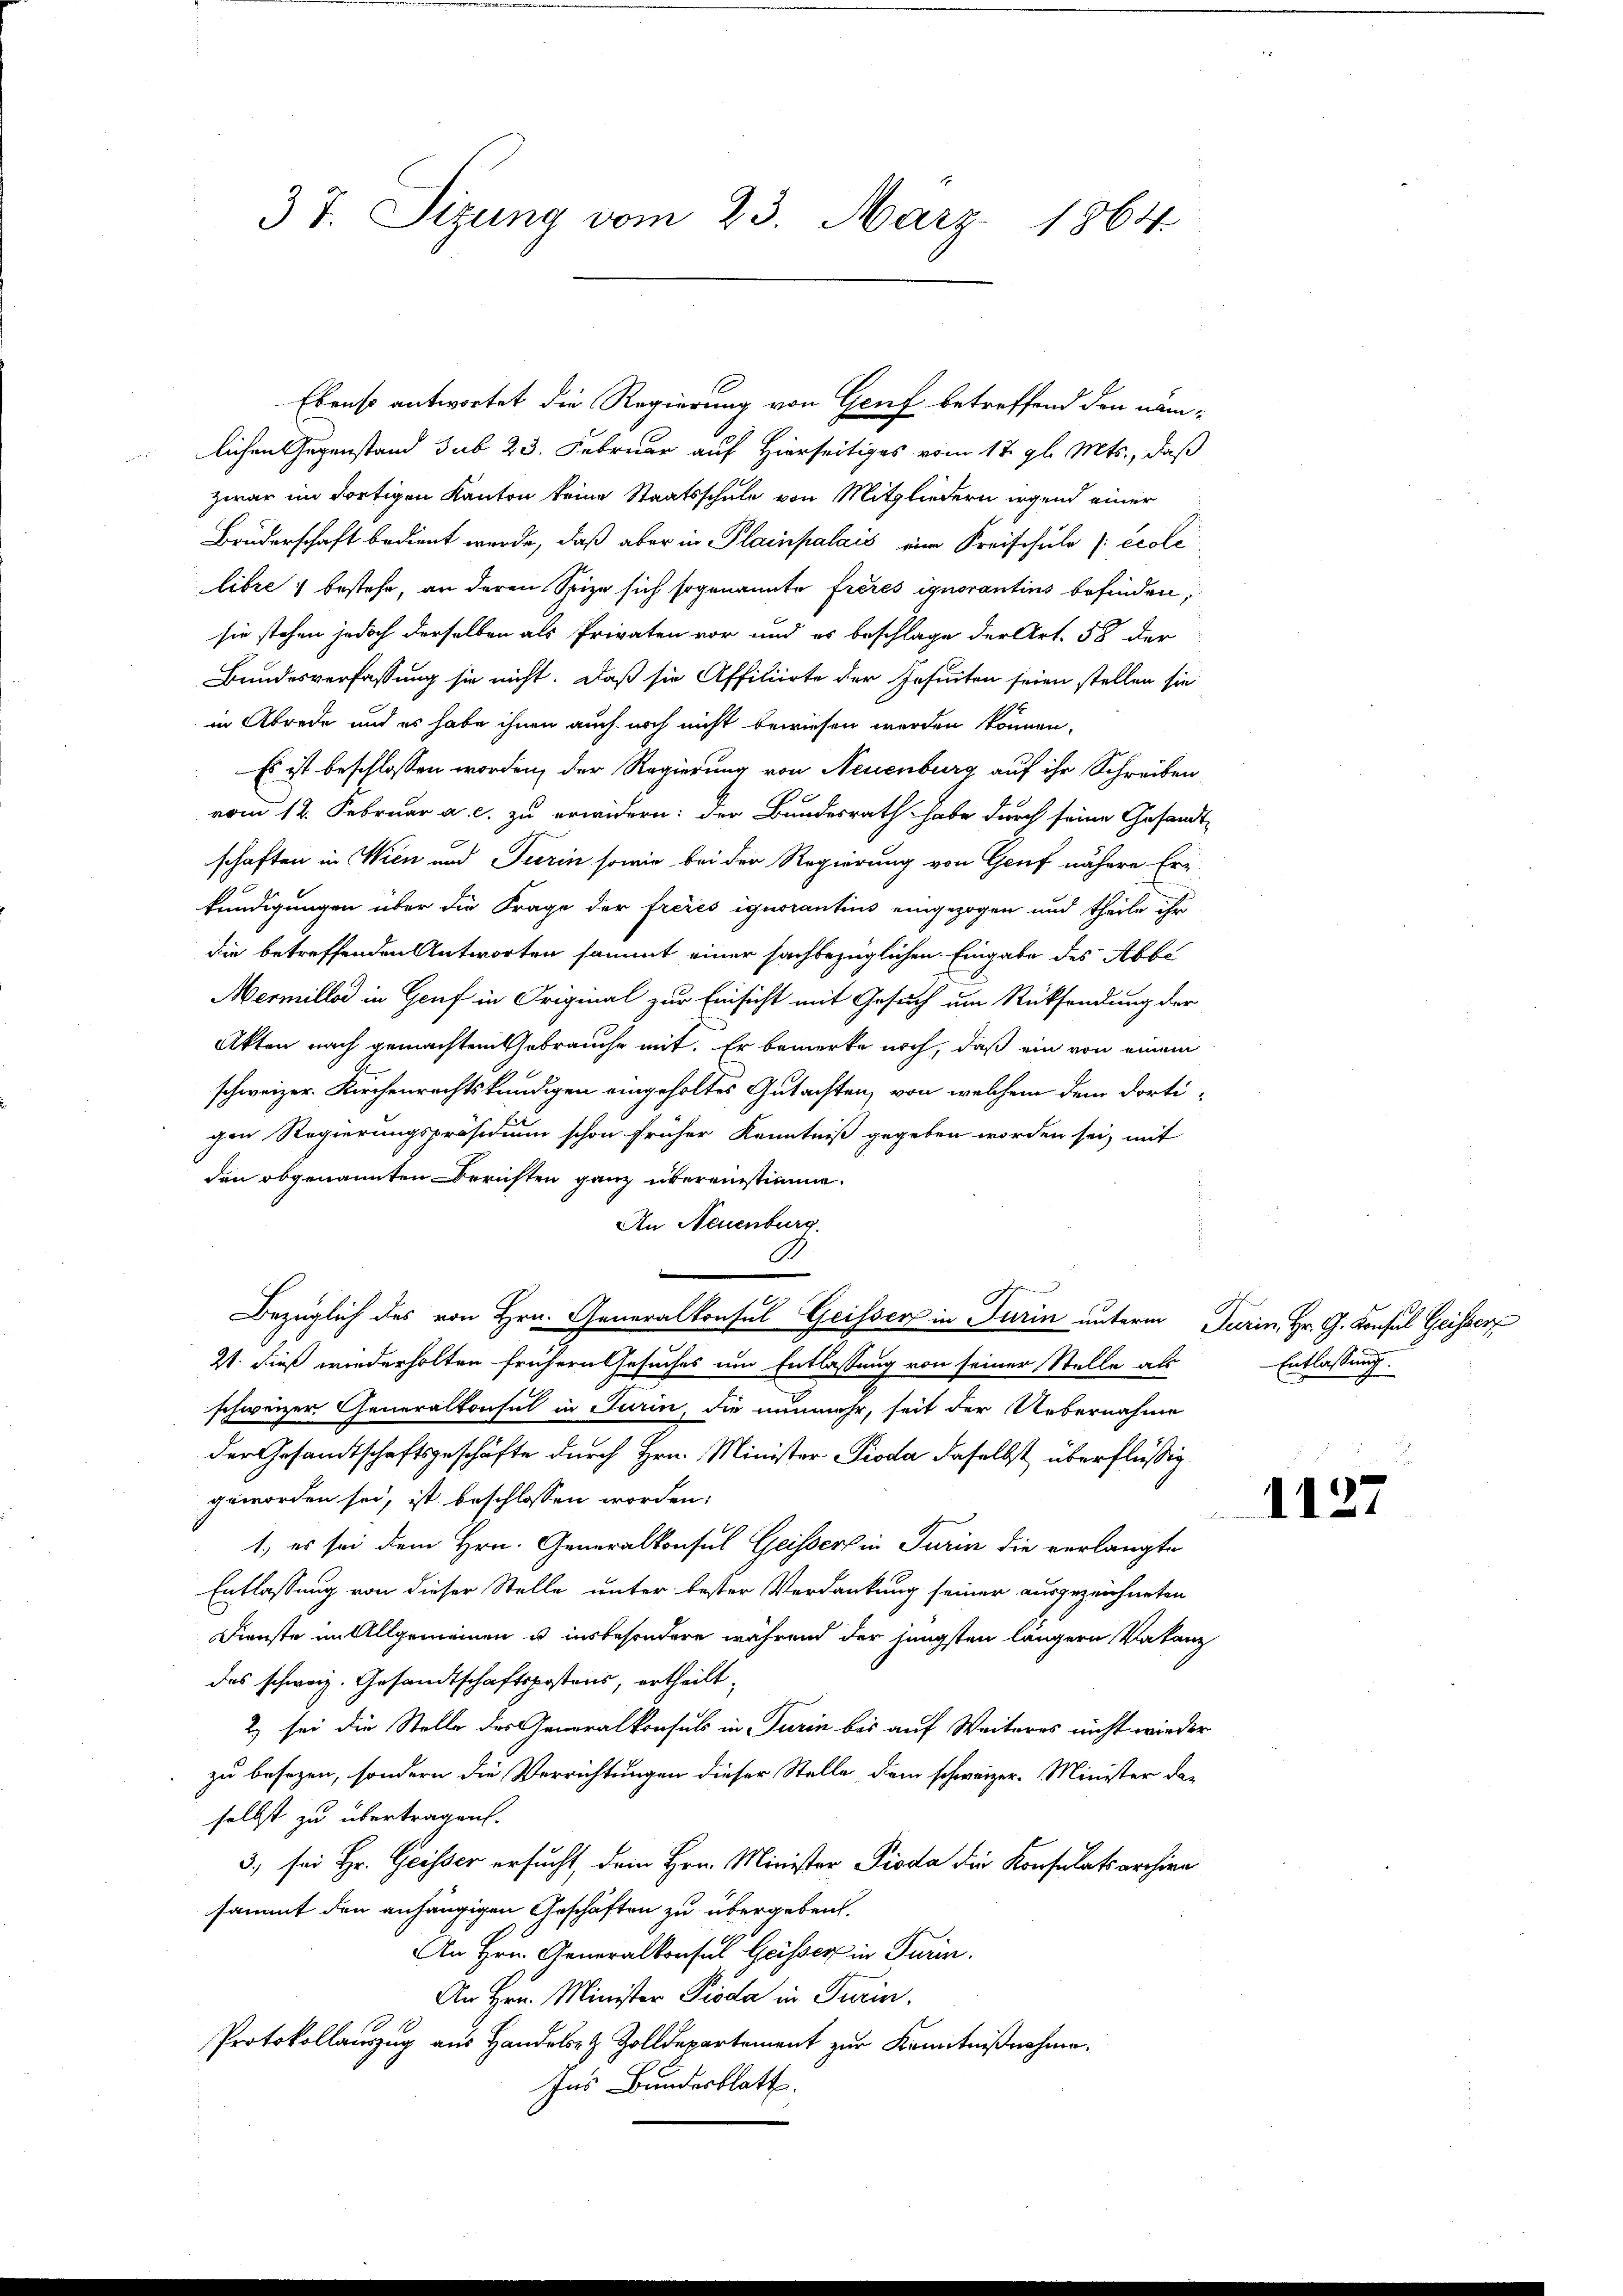
37. Sizung vom 23. März 1864.

lichen Gegenstand sub 23. Februar auf Hierseitiges vom 17. gl. Mts., daß
zwar im dortigen Kanton keine Staatsschule von Mitgliedern irgend einer
Bruderschaft bedient werde, daß aber in Plainpalais eine Kreischule (: Ecoli
libre ; bestehe, an deren Spize sich sogenannte frères ignorantins befinden,
sie stehen jedoch derselben als Privaten vor und es beschlage der Art. 58 der
Bundesverfassung sie nicht. Daß sie Affiliirte der Insuiten seien stellen sie
in Abrede und es habe ihnen auch noch nicht bewiesen werden können,
Es ist beschlossen worden, der Regierung von Neuenburg auf ihr Schreiben
vom 12. Februar a. c. zu erwidern: der Bundesrath habe durch seine Gesandtschaften in Wien und Turin sowie bei der Regierung von Genf nähere Erkundigungen über die Frage der freies ignorantius eingezogen und theile ihr
die betreffenden Antworten sammt einer sachbezüglichen Eingabe des Abbi
Mermillos in Genf in Original zur Einsicht mit Gesuch um Rücksendung der
Akten nach gemachtem Gebrauche mit. Er bemerke noch, daß ein von einem
schweizer. Kirchenrechtskundigen eingeholtes Gutachten, von welchem dem dortigen Regierungspräsidium schon früher Kenntniß gegeben worden sei, mit
den obgenannten Berichten ganz übereinstimme.
An Neuenburg.
t
.
Bezüglich des von Hrn. Generalkonsul Geissen in Turin unterm Turin, Hr. G. Konsul Geisser
21. dieß wiederholten frühern Gesuches um Entlassung von seiner Stelle als
schweizer Generalkonsul in Turin, die nunmehr, seit der Uebernahme
der Gesandtschaftsgeschäfte durch Hrn. Minister Pioda daselbst überflüssig
geworden sei, ist beschlossen worden.
.
1. es sei dem Hrn. Generalkonsul Geissers in Turin die verlangte
Entlassung von dieser Stelle unter bester Verdankung seiner ausgezeichneten
Dienste im Allgemeinen u insbesondere während der jüngsten längern Vakanz
des schweiz. Gesandtschaftspostens, ertheilt,
2) sei die Stelle des Generalkonsuls in Turin bis auf Weiteres nicht wieder
zu besezen, sondern die Verrichtungen dieser Stelle, dem schweizer. Minister das
selbst zu übertragen.
3., sei Hr. Geisser ersucht, dem Hrn. Minister Pioda die Konsulatsarchien
sammt den anhängigen Geschäften zu übergeben.
An Hrn. Generalkonsul Gasser in Turin.
An Hrn. Minister Pioda in Turin.
Protokollauszug aus Handelt Zolldepartement zur Kenntnißnahme.
Ins Bundesblatt.

Ebenso antwortet die Regierung von Genf betreffend den näm¬

Entlassung.

1127